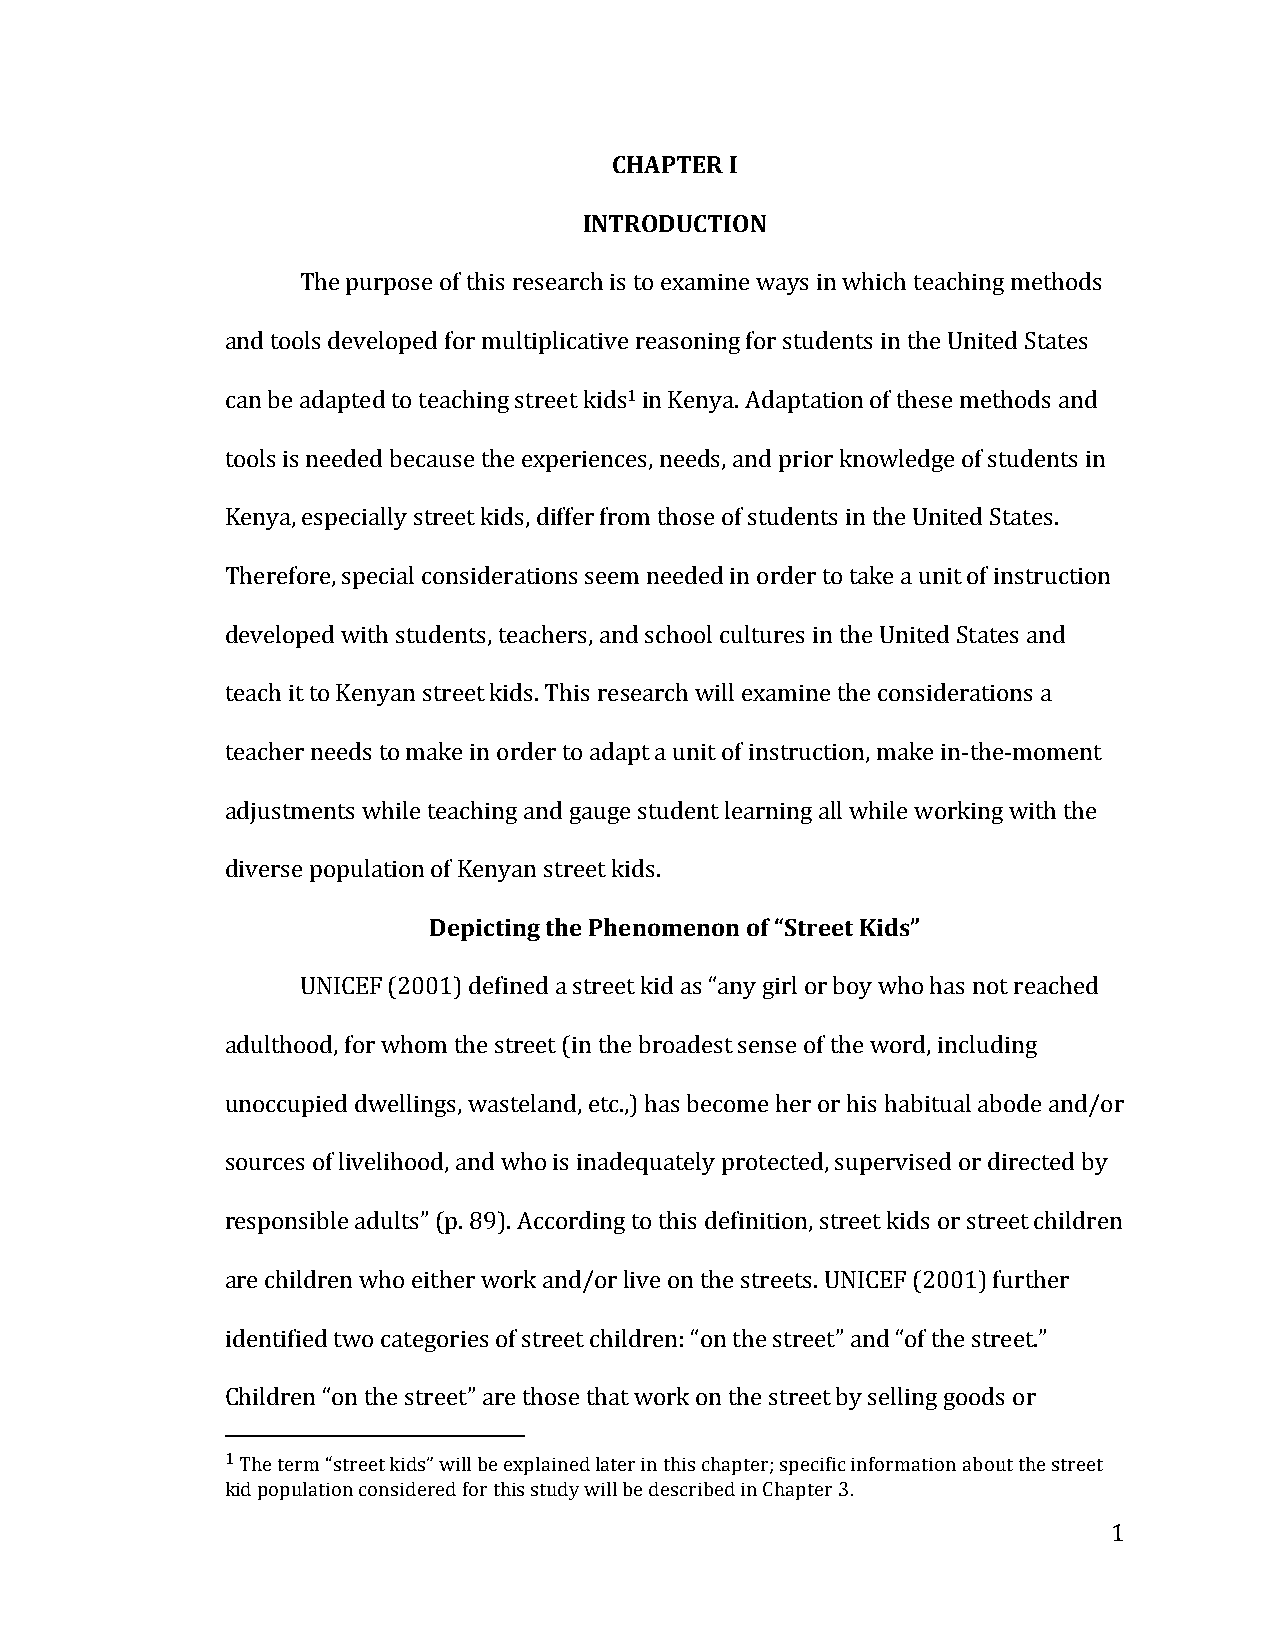
CHAPTER I
 INTRODUCTION
 The purpose of this research is to examine ways in which teaching methods
 and tools developed for multiplicative reasoning for students in the United States
 can be adapted to teaching street kids1 in Kenya. Adaptation of these methods and
 tools is needed because the experiences, needs, and prior knowledge of students in
 Kenya, especially street kids, differ from those of students in the United States.
 Therefore, special considerations seem needed in order to take a unit of instruction
 developed with students, teachers, and school cultures in the United States and
 teach it to Kenyan street kids. This research will examine the considerations a
 teacher needs to make in order to adapt a unit of instruction, make in-­‐the-­‐moment
 adjustments while teaching and gauge student learning all while working with the
 diverse population of Kenyan street kids.
 Depicting the Phenomenon of “Street Kids”
 UNICEF (2001) defined a street kid as “any girl or boy who has not reached
 adulthood, for whom the street (in the broadest sense of the word, including
 unoccupied dwellings, wasteland, etc.,) has become her or his habitual abode and/or
 sources of livelihood, and who is inadequately protected, supervised or directed by
 responsible adults” (p. 89). According to this definition, street kids or street children
 are children who either work and/or live on the streets. UNICEF (2001) further
 identified two categories of street children: “on the street” and “of the street.”
 Children “on the street” are those that work on the street by selling goods or
 1 The term “street kids” will be explained later in this chapter; specific information about the street
 kid population considered for this study will be described in Chapter 3.
 1